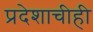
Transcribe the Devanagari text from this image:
प्रदेशाचीही